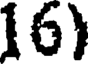
16)